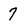
Character: 7